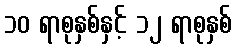
၁၀ ရာစုနှစ်နှင့် ၁၂ ရာစုနှစ်